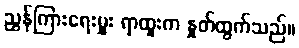
ညွှန်ကြားရေးမှူး ရာထူးက နှုတ်ထွက်သည်။